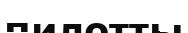
пилотты